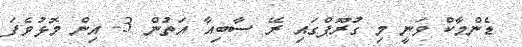
ޑެންމާކް ވަނީ މި ގުރޫޕްގައި ރޭ ސާބިއާ އަތުން 3- އިން މޮޅުވެފަ